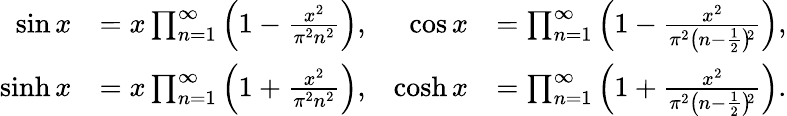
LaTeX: {\begin{array}{rlrl}{\sin x}&{=x\prod_{n=1}^{\infty}\left(1-{\frac{x^{2}}{\pi^{2}n^{2}}}\right),}&{\cos x}&{=\prod_{n=1}^{\infty}\left(1-{\frac{x^{2}}{\pi^{2}\left(n-{\frac{1}{2}}\right)\! {\vphantom{)}}^{2}}}\right),}\\ {\sinh x}&{=x\prod_{n=1}^{\infty}\left(1+{\frac{x^{2}}{\pi^{2}n^{2}}}\right),}&{\cosh x}&{=\prod_{n=1}^{\infty}\left(1+{\frac{x^{2}}{\pi^{2}\left(n-{\frac{1}{2}}\right)\! {\vphantom{)}}^{2}}}\right).}\end{array}}